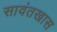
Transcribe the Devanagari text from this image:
सावंतखास